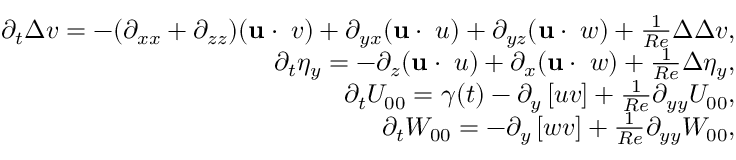
\begin{array} { r } { \partial _ { t } \Delta v = - ( \partial _ { x x } + \partial _ { z z } ) ( \mathbf { u } \cdot \mathbf { \nabla } v ) + \partial _ { y x } ( \mathbf { u } \cdot \mathbf { \nabla } u ) + \partial _ { y z } ( \mathbf { u } \cdot \mathbf { \nabla } w ) + \frac { 1 } { R e } \Delta \Delta v , } \\ { \partial _ { t } \eta _ { y } = - \partial _ { z } ( \mathbf { u } \cdot \mathbf { \nabla } u ) + \partial _ { x } ( \mathbf { u } \cdot \mathbf { \nabla } w ) + \frac { 1 } { R e } \Delta \eta _ { y } , } \\ { \partial _ { t } U _ { 0 0 } = \gamma ( t ) - \partial _ { y } \left[ u v \right] + \frac { 1 } { R e } \partial _ { y y } U _ { 0 0 } , } \\ { \partial _ { t } W _ { 0 0 } = - \partial _ { y } \left[ w v \right] + \frac { 1 } { R e } \partial _ { y y } W _ { 0 0 } , } \end{array}